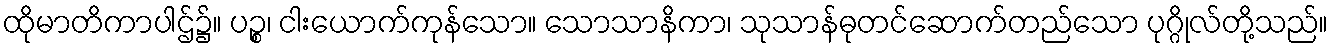
ထိုမာတိကာပါဌ်၌။ ပဉ္စ၊ ငါးယောက်ကုန်သော။ သောသာနိကာ၊ သုသာန်ဓုတင်ဆောက်တည်သော ပုဂ္ဂိုလ်တို့သည်။